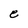
Character: e